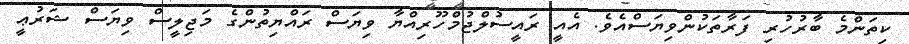
ކިތަންމެ ބާރުހުރި ފަރާތަކުންވިޔަސްއެވެ. އެއީ ރައީސުލްޖުމްހޫރިއްޔާ ވިޔަސް ރައްޔިތުންގެ މަޖިލީސް ވިޔަސް ޝަރުޢީ